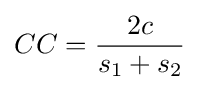
CC={\frac {2c}{s_{1}+s_{2}}}